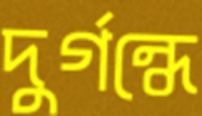
দুর্গন্ধে